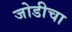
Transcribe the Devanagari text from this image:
जोडीचा